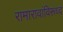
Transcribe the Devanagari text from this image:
रामारावांविरूध्द